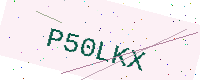
Text: P50LKX